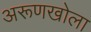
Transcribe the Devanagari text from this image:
अरूणखोला